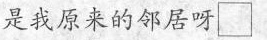
是我原来的邻居呀□